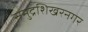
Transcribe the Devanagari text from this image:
समुद्रशिखरनगर